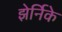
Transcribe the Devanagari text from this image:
झेर्निके